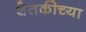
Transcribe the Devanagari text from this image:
शेतकीच्या